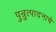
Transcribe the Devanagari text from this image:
पुन्रुत्पादनाचे